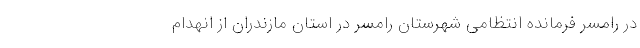
در رامسر فرمانده انتظامی شهرستان رامسر در استان مازندران از انهدام